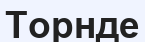
Торнде